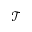
\mathcal { T }